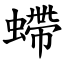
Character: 螮